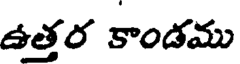
ఉత్తర కాండము